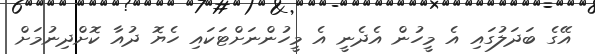
އޭގެ ބަދަލުގައި އެ މީހުން އެދެނީ އެ މީހުންނަށްޓަކައި ހެޔޮ ދުއާ ކޮށްދިނުމަށް